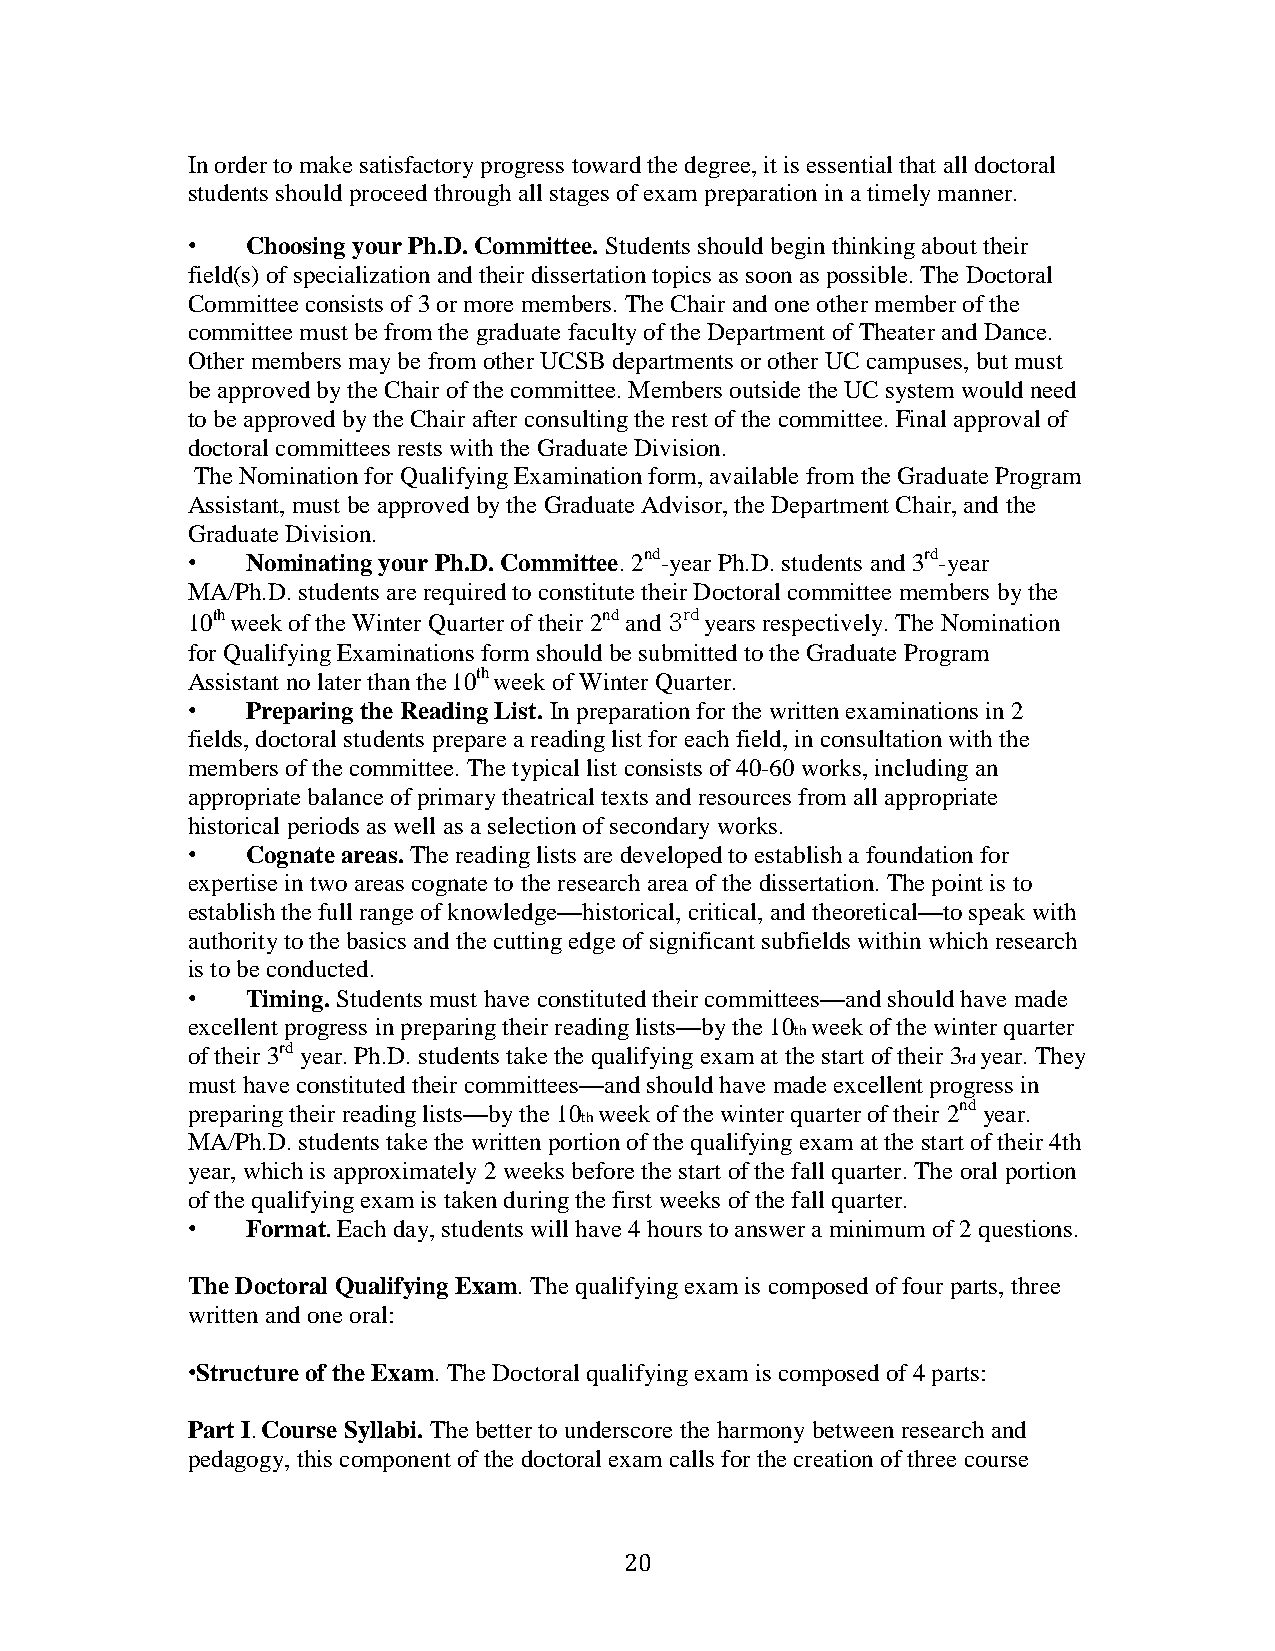
In order to make satisfactory progress toward the degree, it is essential that all doctoral
 students should proceed through all stages of exam preparation in a timely manner.
 •   Choosing your Ph.D. Committee. Students should begin thinking about their
 field(s) of specialization and their dissertation topics as soon as possible. The Doctoral
 Committee consists of 3 or more members. The Chair and one other member of the
 committee must be from the graduate faculty of the Department of Theater and Dance.
 Other members may be from other UCSB departments or other UC campuses, but must
 be approved by the Chair of the committee. Members outside the UC system would need
 to be approved by the Chair after consulting the rest of the committee. Final approval of
 doctoral committees rests with the Graduate Division.
 The Nomination for Qualifying Examination form, available from the Graduate Program
 Assistant, must be approved by the Graduate Advisor, the Department Chair, and the
 Graduate Division.
 •   Nominating your Ph.D. Committee. 2nd-year Ph.D. students and 3rd-year
 MA/Ph.D. students are required to constitute their Doctoral committee members by the
 10thweek of the Winter Quarter of their 2nd and 3rd years respectively. The Nomination
 for Qualifying Examinations form should be submitted to the Graduate Program
 Assistant no later than the10thweek of Winter Quarter.
 •   Preparing the Reading List. In preparation for the written examinations in 2
 fields, doctoral students prepare a reading list for each field, in consultation with the
 members of the committee. The typical list consists of 40-60 works, including an
 appropriate balance of primary theatrical texts and resources from all appropriate
 historical periods as well as a selection of secondary works.
 •   Cognate areas. The reading lists are developed to establish a foundation for
 expertise in two areas cognate to the research area of the dissertation. The point is to
 establish the full range of knowledge—historical, critical, and theoretical—to speak with
 authority to the basics and the cutting edge of significant subfields within which research
 is to be conducted.
 •   Timing. Students must have constituted their committees—and should have made
 excellent progress in preparing their reading lists—by the 10 week of the winter quarter
 th
 of their 3rd year. Ph.D. students take the qualifying exam at the start of their 3 year. They
 rd
 must have constituted their committees—and should have made excellent progress in
 preparing their reading lists—by the 10 week of the winter quarter of their 2nd year.
 th
 MA/Ph.D. students take the written portion of the qualifying exam at the start of their 4th
 year, which is approximately 2 weeks before the start of the fall quarter. The oral portion
 of the qualifying exam is taken during the first weeks of the fall quarter.
 •   Format. Each day, students will have 4 hours to answer a minimum of 2 questions.
 The Doctoral Qualifying Exam. The qualifying exam is composed of four parts, three
 written and one oral:
 •Structure of the Exam. The Doctoral qualifying exam is composed of 4 parts:
 Part I. Course Syllabi. The better to underscore the harmony between research and
 pedagogy, this component of the doctoral exam calls for the creation of three course
 20